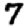
Digit: 7